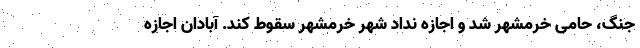
جنگ، حامی خرمشهر شد و اجازه نداد شهر خرمشهر سقوط کند. آبادان اجازه